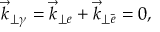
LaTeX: \vec { k } _ { \perp \gamma } = \vec { k } _ { \perp e } + \vec { k } _ { \perp \bar { e } } = 0 ,